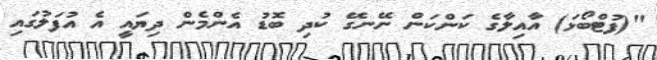
"(ފުޓްބޯޅަ) އާއިލާގެ ކަންކަން ނޭނގޭ ކުދި ބޮޑު އެންމެން ދިޔައީ އެ އުފަލުގައި